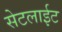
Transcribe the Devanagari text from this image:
सेटलाईट